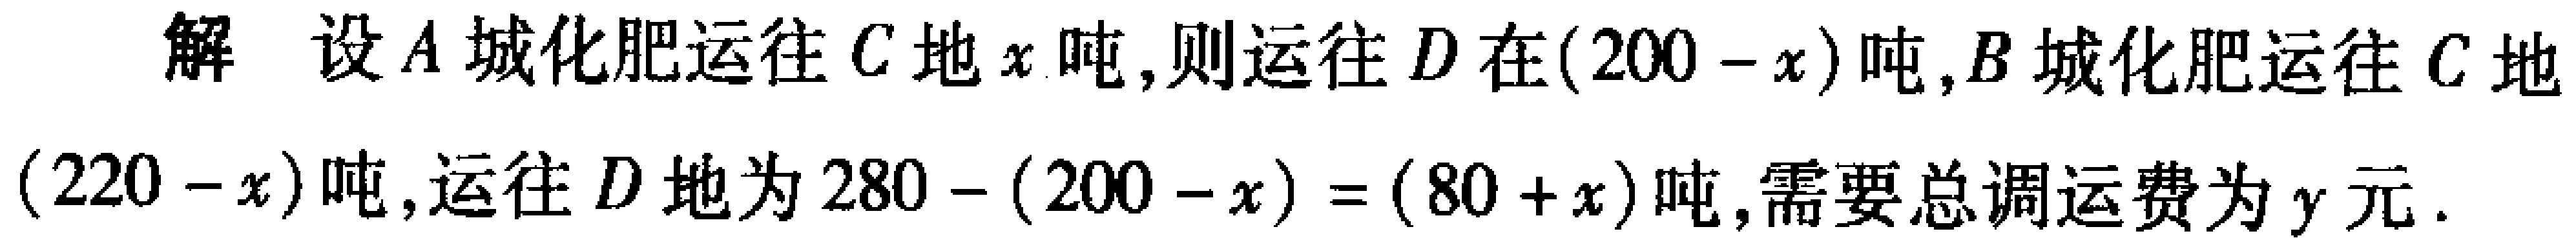
解 设\(A\)城化肥运往\(C\)地\(x\)吨,则运往\(D\)地\((200 - x)\)吨,\(B\)城化肥运往\(C\)地\((220 - x)\)吨,运往\(D\)地为\(280 - (200 - x) = (80 + x)\)吨,需要总调运费为\(y\)元.